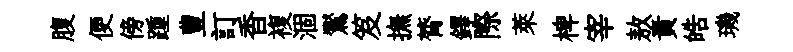
腹便傍踵豊訂香複涸鸑笈撫膂鐸際萊椑宰敖責皓璣